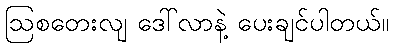
ဩစတေးလျ ဒေါ်လာနဲ့ ပေးချင်ပါတယ်။